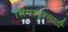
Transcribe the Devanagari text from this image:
सिंगापूरसाठी